Account of plague administration in the Bombay Presidency from September 1896 till May 1897
Year: 1896
Disease focus: Plague
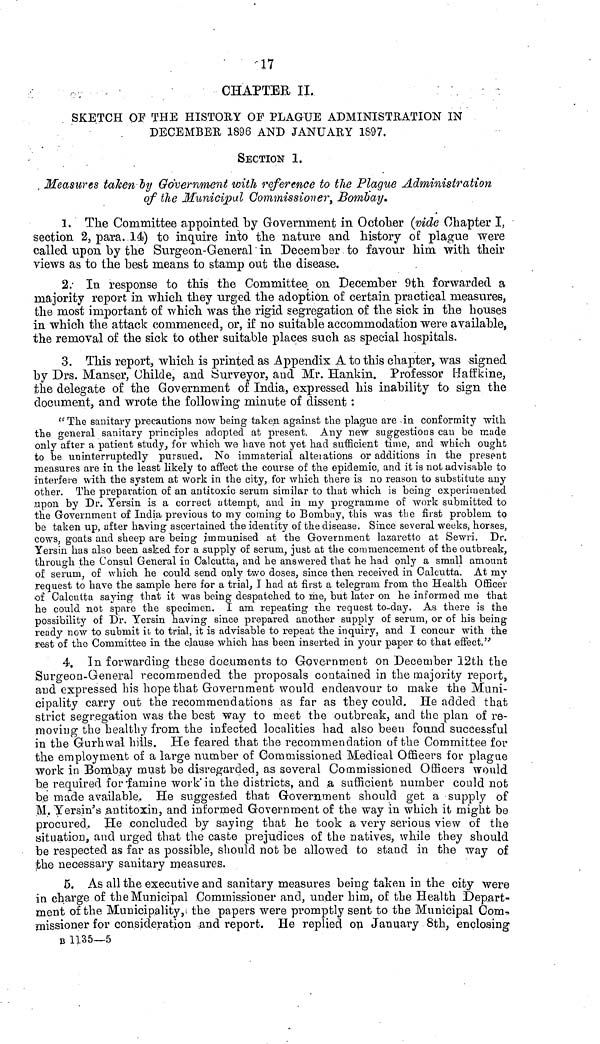
17
CHAPTER II.
SKETCH OF THE HISTORY OF PLAGUE ADMINISTRATION IN
DECEMBER 1896 AND JANUARY 1S97.
SECTION 1.
Measures taken "by Government with reference to the Plague Administration
of the Municipal Commissioner, Bombay.
1. The Committee appointed by Government in October (vide Chapter I,
section 2, para. 14) to inquire into the nature and history of plague were
called upon by the Surgeon-General in December to favour him with their
views as to the best means to stamp out the disease.
2. In response to this the Committee on December 9th forwarded a
majority report in which they urged the adoption of certain practical measures,
the most important of which was the rigid segregation of the sick in the houses
in which the attack commenced, or, if no suitable accommodation were available,
the removal of the sick to other suitable places such as special hospitals.
3. This report, which is printed as Appendix A to this chapter, was signed
by Drs. Manser, Childe, and Surveyor, and Mr. Hankin. Professor tiaifkine,
the delegate of the Government of India, expressed his inability to sign the
document, and wrote the following minute of dissent :
ff The sanitary precautions now being taken against the plague are -in conformity "with
the general sanitary principles adopted at present. Any new suggestions can be made
only after a patient study, for which we bave not yet had sufficient time, and which ought
to be uninterruptedly pursued. No immaterial alteiations or additions in the present
measures are in the least likely to affect the course of the epidemic, and it is not advisable to
interfere with the system at work in the city, for which there is no reason to substitute any
other. The preparation of an antitoxic serum similar to that which is being experimented
upon by Dr. Yersin is a correct attempt, and in my programme of work submitted to
the Government of India previous to my corning to Bombay, this was the first problem to
be taken up, after having ascertained the identity of the disease. Since several weeks, horses,
cows, goats and sheep are being immunised, at the Government lazaretto at Sewri. Dr.
Yersin has also been asked for a supply of serum, just at the commencement of the outbreak,
through the Consul General in Calcutta, and he answered that he had only a small amount
of serum, of which he could send only two doses, since then received in Calcutta. At my
request to have the sample here for a trial, I had at first a telegram from the Health Officer
of Calcutta saying that it was being despatched to me, but later on. he informed me that
he could not spare the specimen. I am repeating the request to-day. As there is the
possibility of Dr. Yersin having since prepared another supply of serum, or of his being
ready now to submit it/ to trial, it is advisable to repeat the inquiry, and I concur with the
rest of the Committee in the clause which has been inserted in your paper to that effect,"
4. In forwarding these documents to Government on December 12th the
.Surgeon-General recommended the proposals contained in the majority report,
arid expressed his hope that Government would endeavour to make the Muni-
cipality carry out the recommendations as far as tbey could. He added that
strict segregation was the best way to meet the outbreak, and the plan of re-
moving the healthy from the infected localities had also been found successful
in the Gurhwal bills. He feared that the recommendation of the Committee for
the employment of a large number of Commissioned Medical Officers for plague
work in Bombay must be disregarded, as several Commissioned Officers would
be required for-famine work* in the districts, and .a sufficient number could not
be made available. He suggested that Government should get a supply of
M. Yersin's .antitoxin, and informed Governm-ent of the way in which it might be
procured. He concluded by saying that he took a very serious view of the
situation, and urged that the caste prejudices of the natives, while they should
be respected as far as possible, should not be allowed to stand in the way of
the necessary sanitary measures.
5. As all the executive and sanitary measures being taken in the city were
in charge of the Municipal Commissioner and, under him, of the Health Depart-
ment of the Municipality, the papers were promptly sent to the Municipal Com-
missioner for consideration and report. He replied on January 8th, enclosing
Β 1135—5